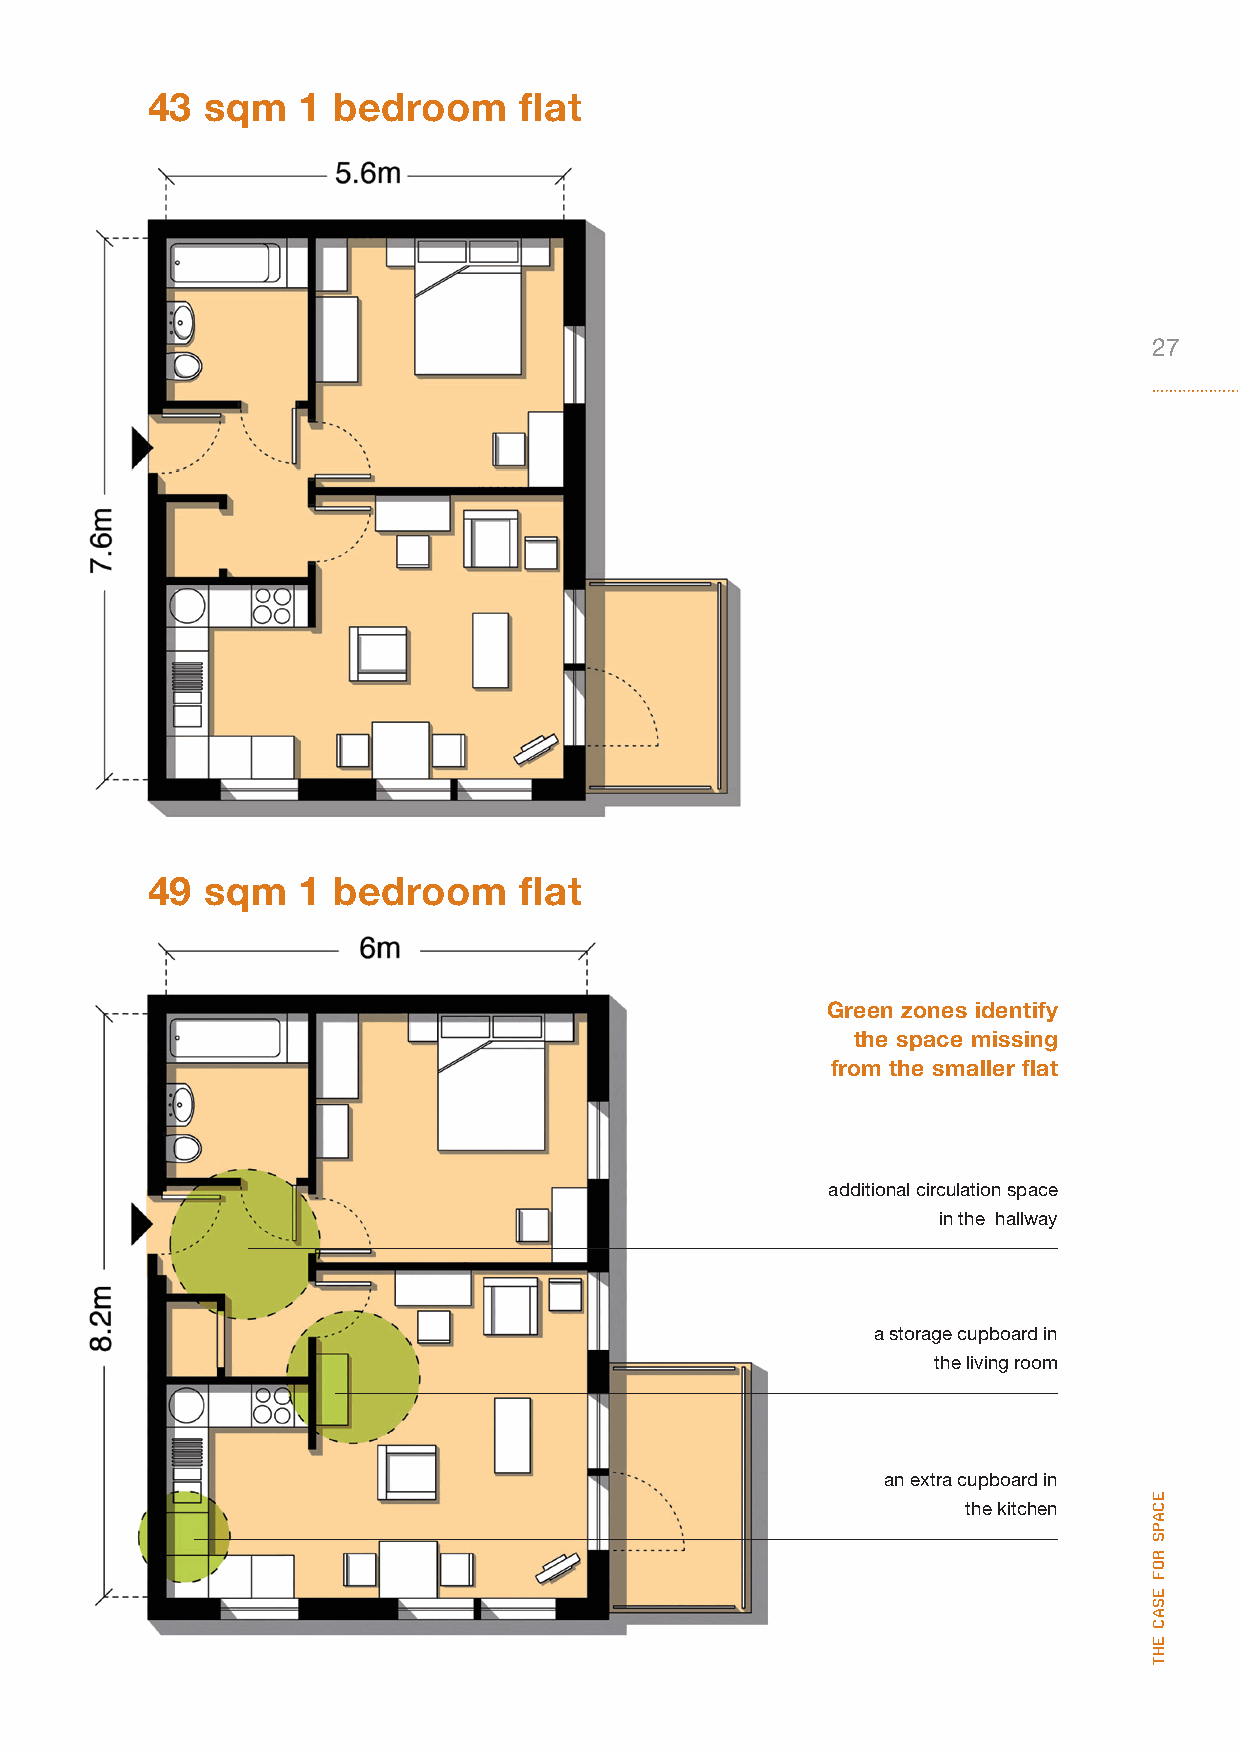
43  sqm   1 bedroom     flat
 27
 49  sqm   1 bedroom     flat
 Green zones identify
 the space missing
 from the smaller flat
 additional circulation space
 in the hallway
 a storage cupboard in
 the living room
 an extra cupboard in
 the kitchen
 ecaPs
 rof
 esac
 eht